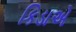
કિડાએ